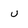
Character: v